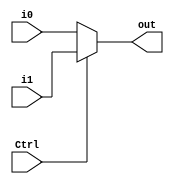
module MUX32_2 (
    input Ctrl,
    input [31:0] i0,
    input [31:0] i1,
    output [31:0] out
);
    always @* begin
        if (Ctrl == 0)
            out = i0;
        else
            out = i1;
    end

endmodule